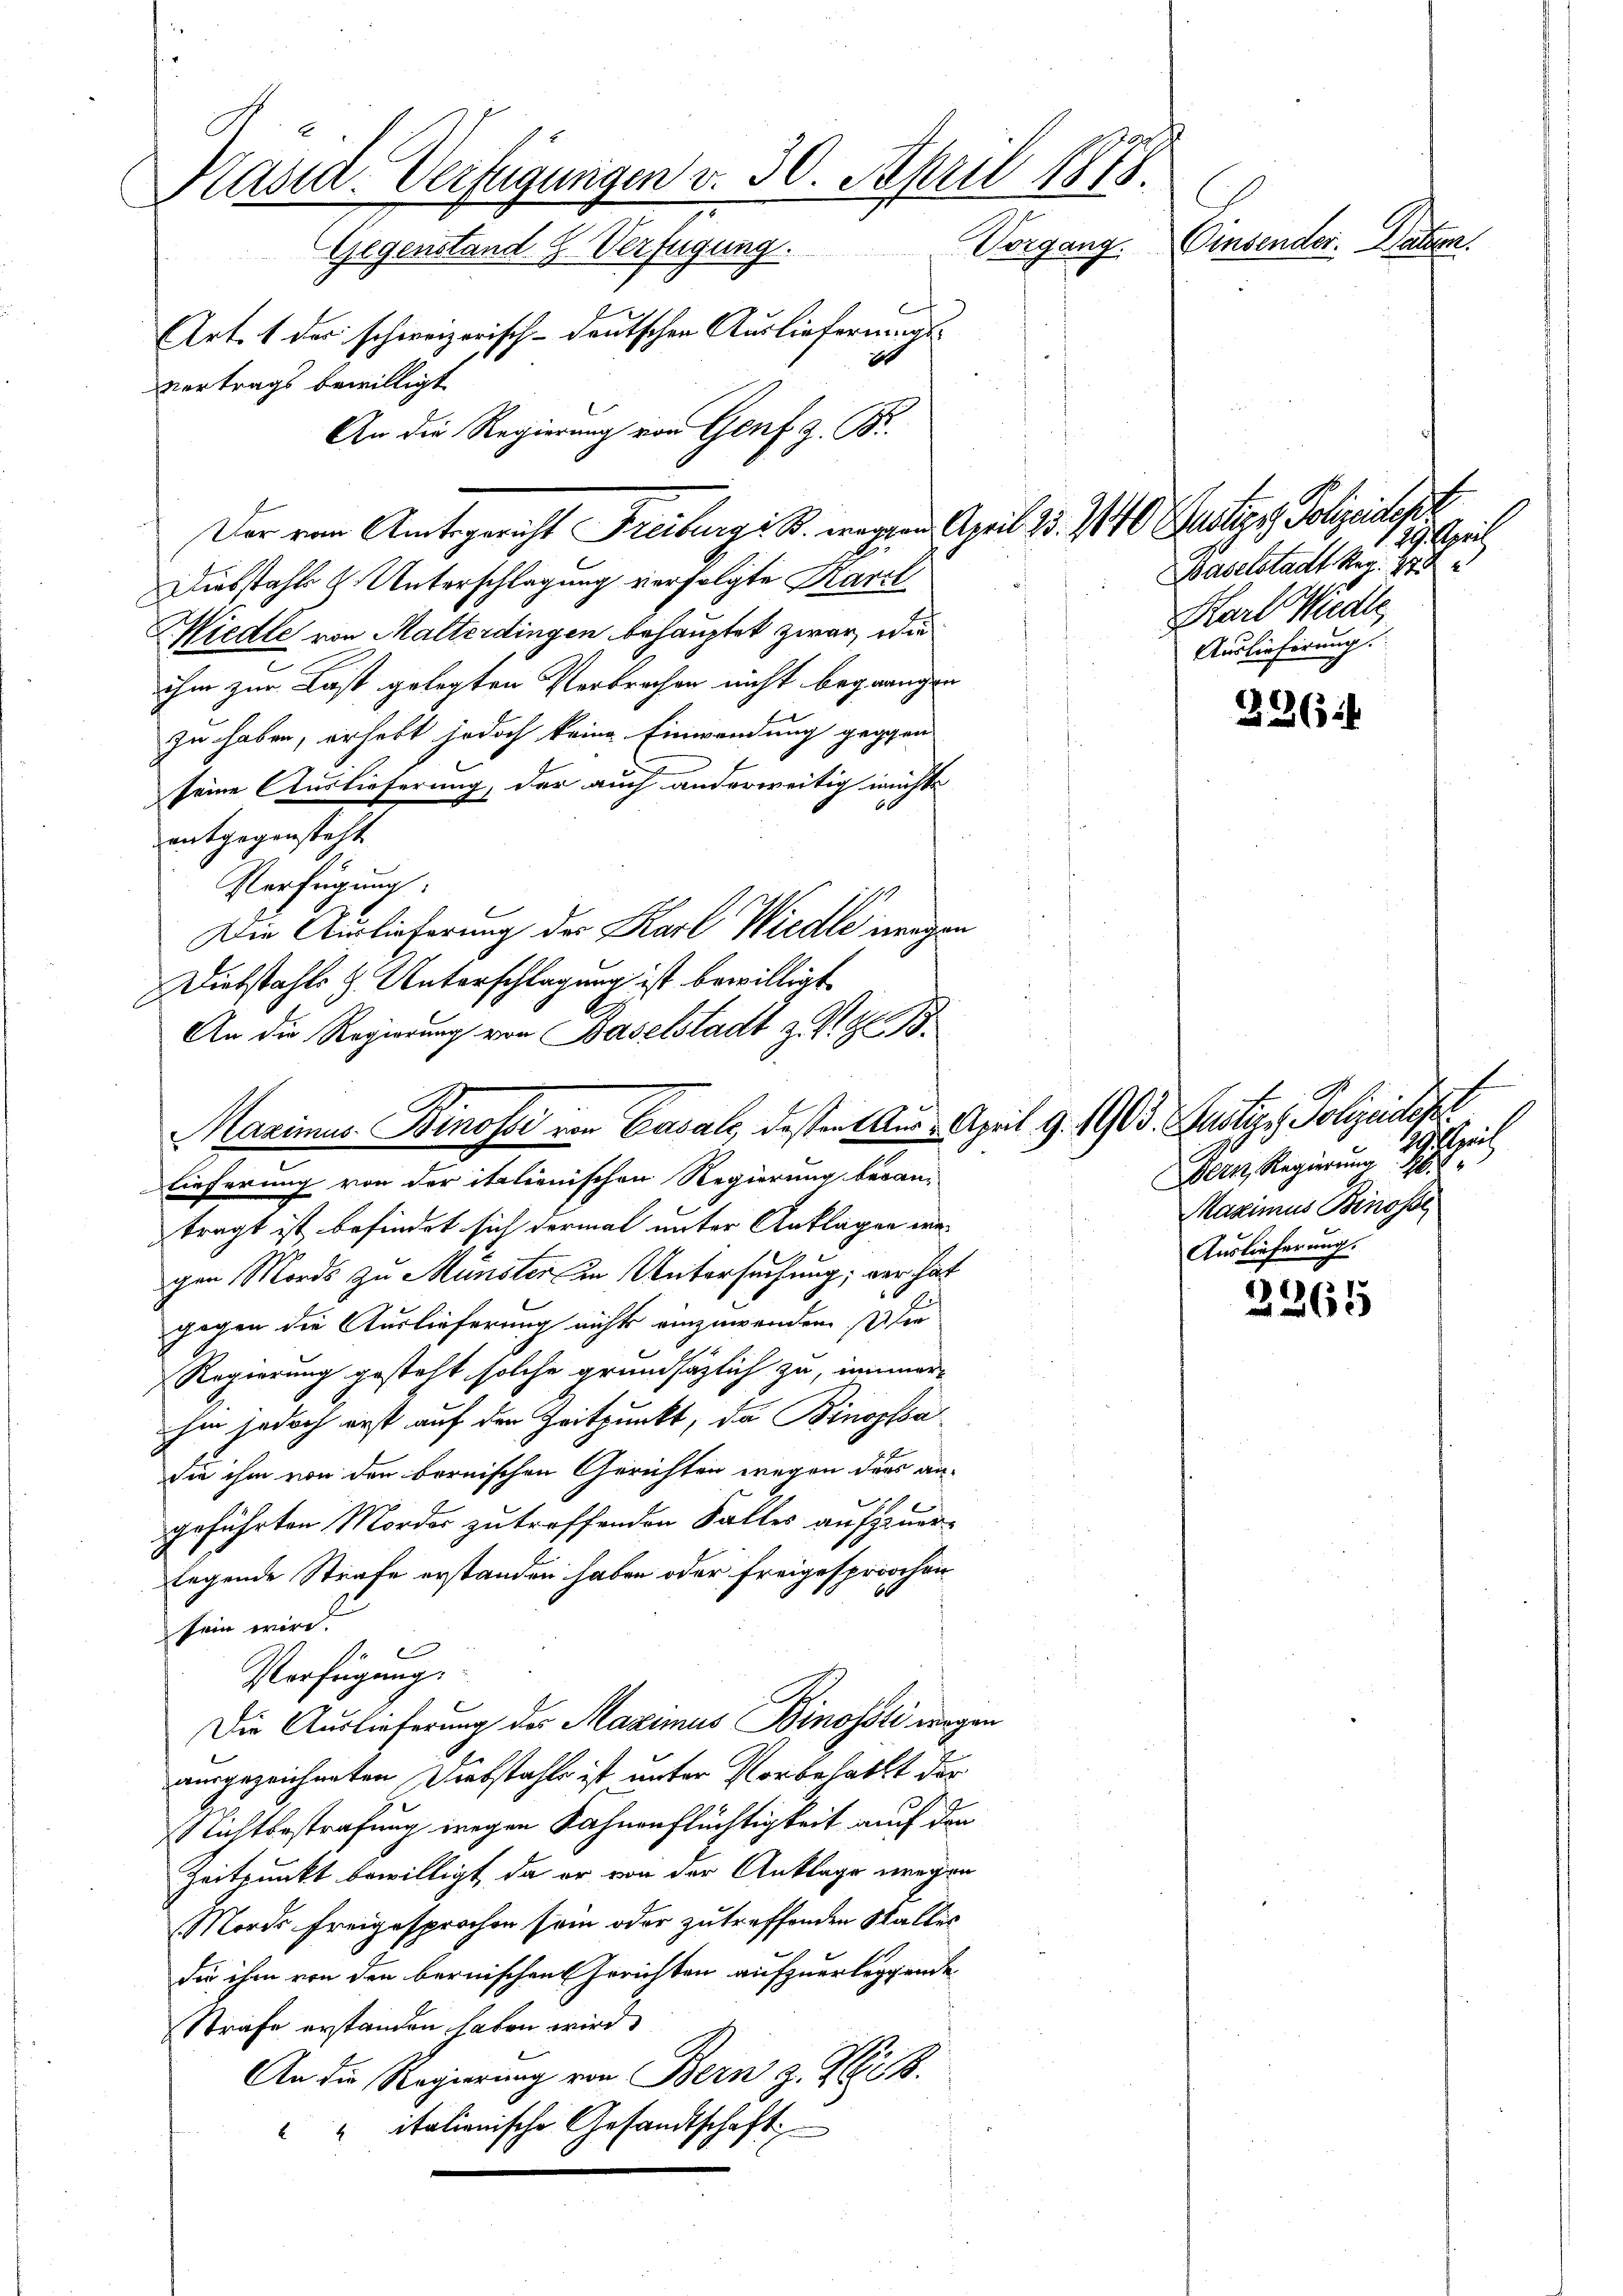
Kasid. Verfügungen v. 30. April 1875
Vorgang. Einsender. Nation.
Gegenstand Z. Verfügung.
Art. 1 des schweizerisch-deutschen Ausliefernungs-
2
vertrags bewilligt
An die Regierung von Genf z. B.

Diebstahls z. Unterschlagung verfolgte Karl
Miedte von Malterdingen behauptet zwar, die
ihm zur Last gelegten Verbrechen nicht begangen
zu haben, erhebt jedoch keine Einwendung gegen-
seine Auslieferung, der auch anderweitig nichte
entgegensteht.
Verfügung:
Die Auslieferung des Karl Wiedle ungen
Diebstahls & Unterschlagung ist bewilligt.
An die Regierung von Baselstadt z. Z. Z. 15.
Marias Binosse von Gasal, dessen Aus April d. 1903. Justizi Polizeideser
lieferung von der italienischen Regierung beran-
tragt ist befindet sich dermal unter Anklagen we-
gen Mords zu Münster in Untersuchung; der hat
gegen die Auslieferung nichts einzuwenden, die
Regierung gesteht solche grundsätzlich zu, immer
hm jedoch erst auf den Zeitpunkt, da Binopladie ihm von den bernischen Gerichten wegen dass an-
geführten Mordes zu treffenden Falles auffeuerlegende Strafe erstanden haben oder freigesprochen
sein wird.
e
Verfügung.
Die Auslieferung des Maximus Binosoti wegen
ausgezeichneten Diebstahls ist unter Vorbehallt der
Nichtbestrafung wegen Kahnenflüchtigkeit auch den
Zeitpunkt bewilligt, da er von der Anklage wegen
Mordes freigesprochen sein oder zutreffenden Stalles
die ihm von den bernischen Gerichten aufzuerleggende
Strafe erstanden haben wird.
An die Regierung von Bern z. Z.
" itationische Gesandtschaft

Der von Amtsgericht Freiburg i. B. wegen April 25. 140 (artige Polizeidept

19. Chri
Baselstadt Reg. 375
Karl Wiedle
Auslieferung.

226

2265

1
Gerich
Bern Regierung 188
Maximus Binosse
Auslieferung.